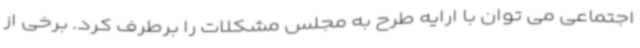
اجتماعی می توان با ارایه طرح به مجلس مشکلات را برطرف کرد. برخی از